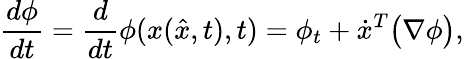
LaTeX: \frac{d\phi}{dt}=\frac{d}{dt}\phi(x(\hat{x},t),t)=\phi_{t}+\dot{x}^{T}\big(\nabla\phi\big),